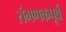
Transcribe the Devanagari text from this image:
संगणकपूर्व